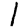
Digit: 1